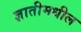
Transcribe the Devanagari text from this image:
ज्ञातीमधील